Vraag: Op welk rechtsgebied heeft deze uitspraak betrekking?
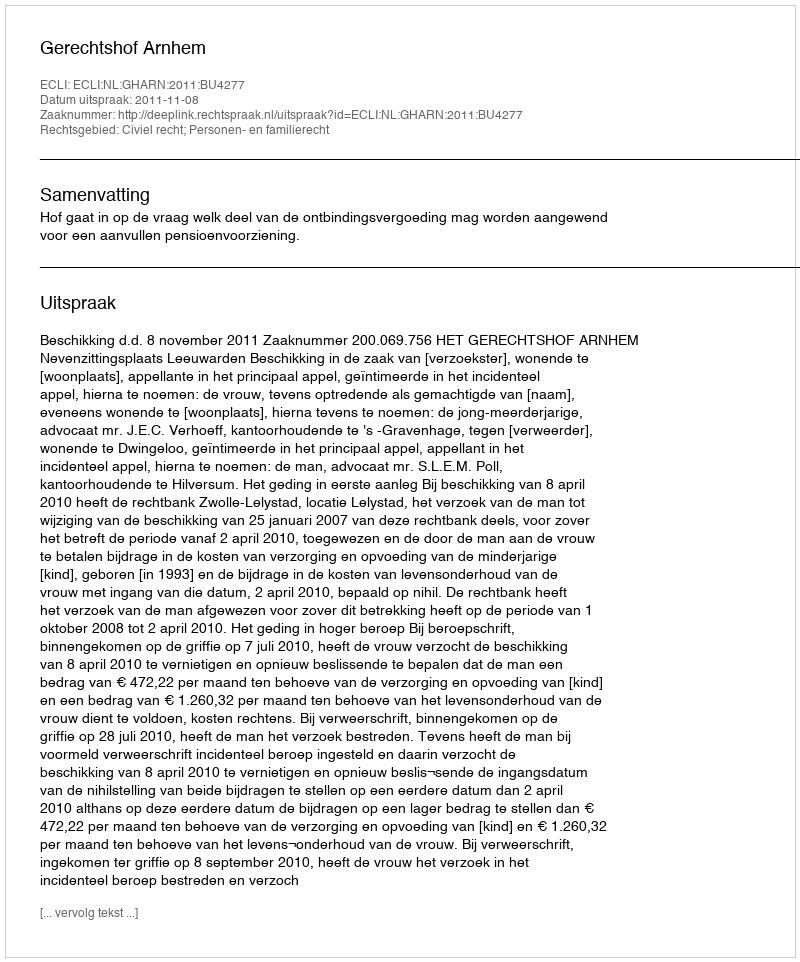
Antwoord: Civiel recht; Personen- en familierecht